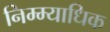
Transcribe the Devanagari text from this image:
निम्म्याधिक